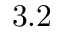
3 . 2